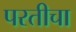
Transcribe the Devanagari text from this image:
परतीचा